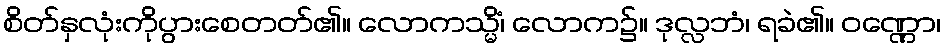
စိတ်နှလုံးကိုပွားစေတတ်၏။ လောကသ္မိံ၊ လောက၌။ ဒုလ္လဘံ၊ ရခဲ၏။ ဝဏ္ဏော၊